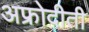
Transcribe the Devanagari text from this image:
अफ्रोदीती